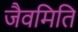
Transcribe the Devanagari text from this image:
जैवमिति